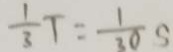
\frac { 1 } { 3 } T = \frac { 1 } { 3 0 } s